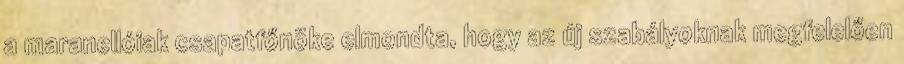
a maranellóiak csapatfőnöke elmondta, hogy az új szabályoknak megfelelően